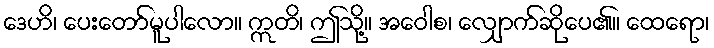
ဒေဟိ၊ ပေးတော်မူပါလော။ ဣတိ၊ ဤသို့။ အဝေါစ၊ လျှောက်ဆိုပေ၏။ ထေရော၊